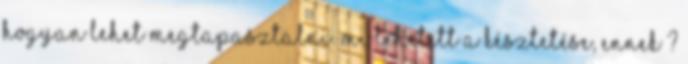
hogyan lehet megtapasztalni. mi lehetett a késztetése, ennek ?